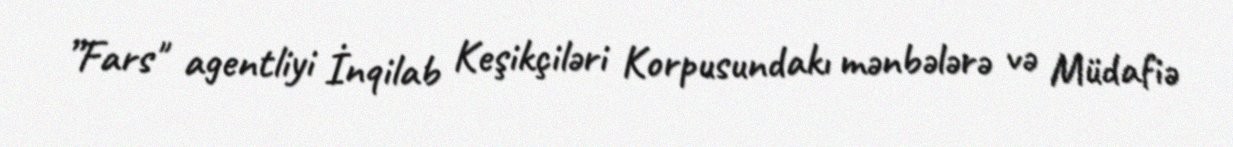
”Fars" agentliyi İnqilab Keşikçiləri Korpusundakı mənbələrə və Müdafiə